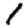
Digit: 1